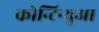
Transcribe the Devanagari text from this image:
कोन्टिन्युआ